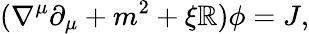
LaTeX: (\nabla^{\mu}\partial_{\mu}+m^{2}+\xi\mathbb{R})\phi=J,